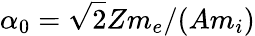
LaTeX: \alpha_{0}=\sqrt{2}Zm_{e}/(Am_{i})